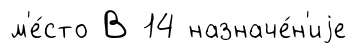
м'е́сто В 14 назначе́н'иjе